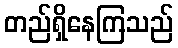
တည်ရှိနေကြသည်